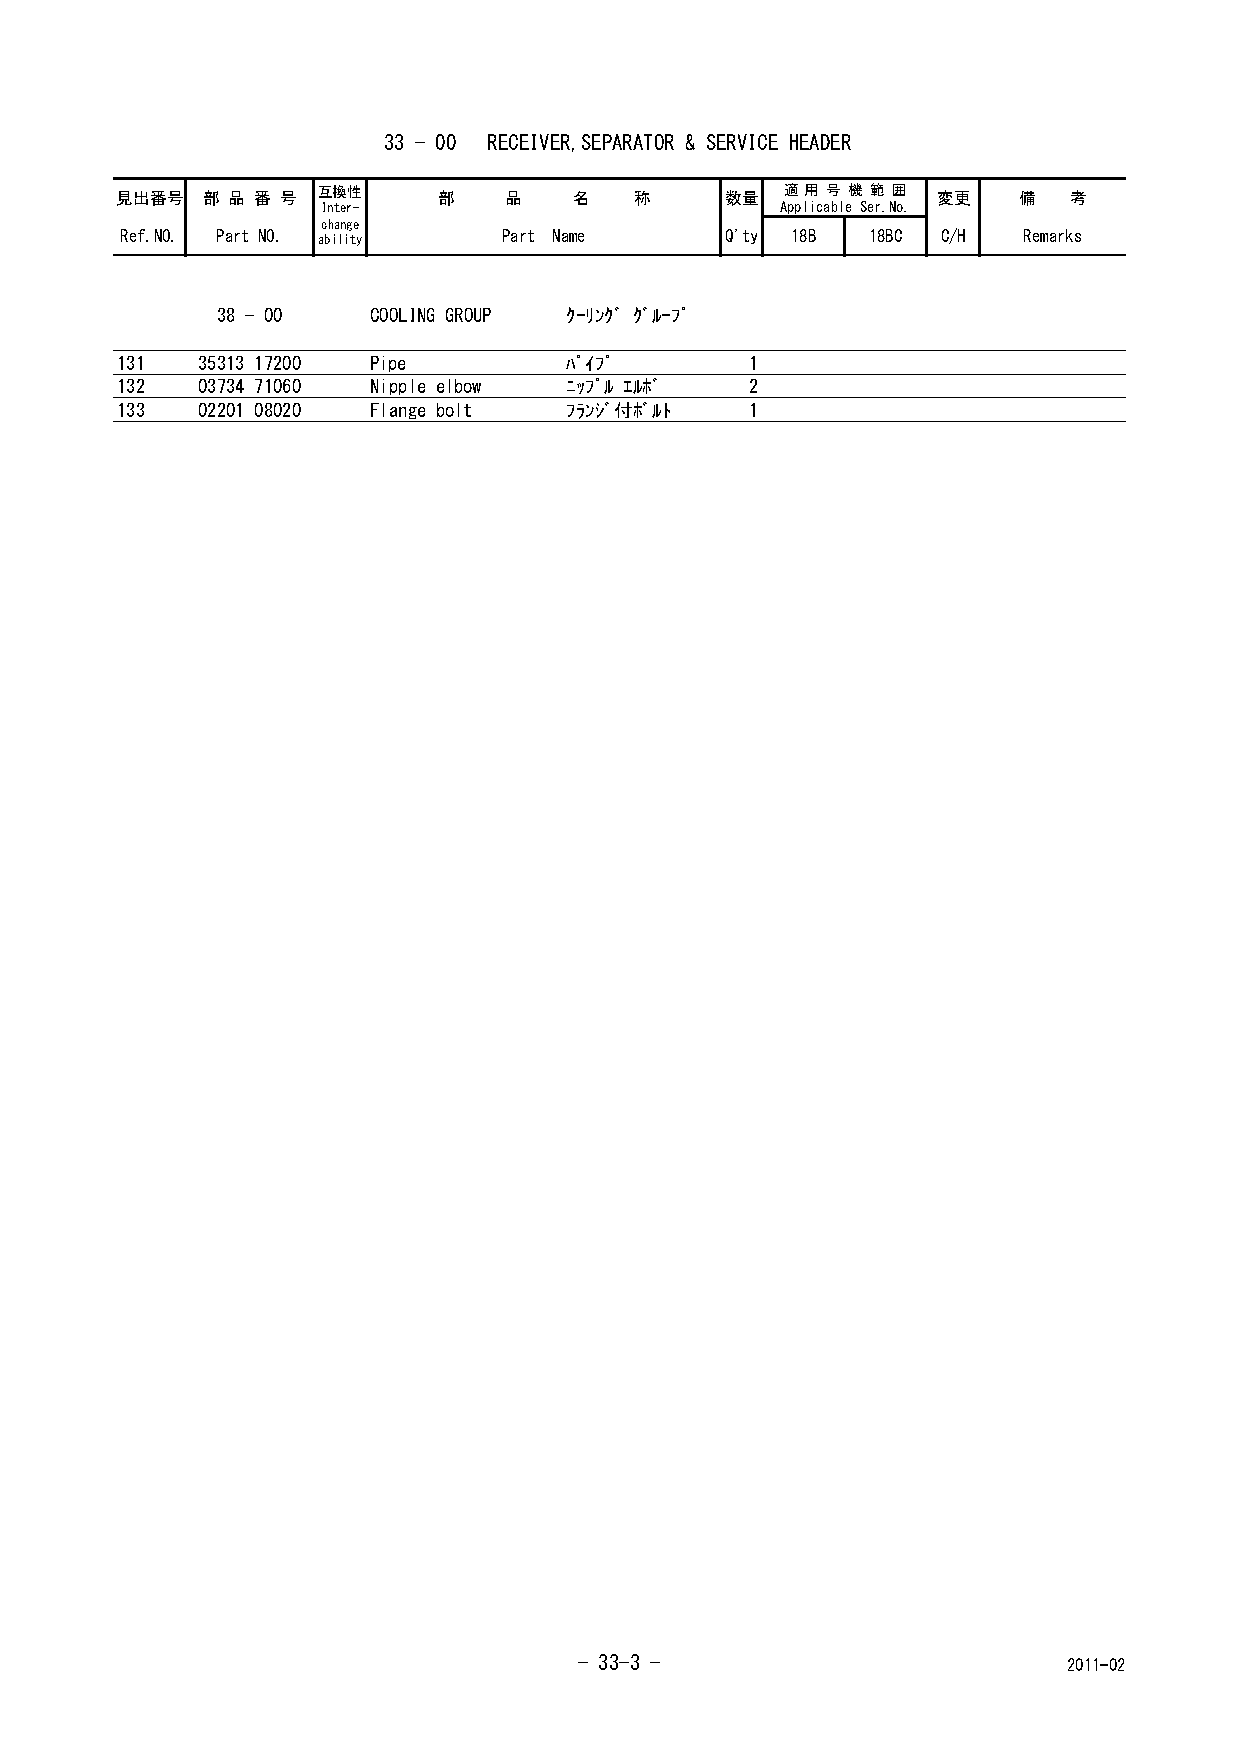
33 - 00 RECEIVER,SEPARATOR & SERVICE HEADER
 見出番号 部 品 番 号 互換性     部   品    名   称     数量  適 用 号 機 範 囲 変更 備   考
 Inter-                         Applicable Ser.No.
 change
 Ref.NO. Part NO. ability Part Name      Q'ty 18B 18BC C/H   Remarks
 38 - 00   COOLING GROUP ｸｰﾘﾝｸﾞ ｸﾞﾙｰﾌﾟ
 131  35313 17200 Pipe         ﾊﾟｲﾌﾟ       1
 132  03734 71060 Nipple elbow ﾆｯﾌﾟﾙ ｴﾙﾎﾞ  2
 133  02201 08020 Flange bolt  ﾌﾗﾝｼﾞ付ﾎﾞﾙﾄ  1
 - 33-3 -                         2011-02